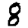
Digit: 8